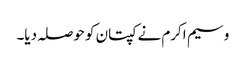
وسیم اکرم نے کپتان کو حوصلہ دیا۔